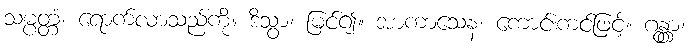
သမ္ပတ္တံ၊ ရောက်လာသည်ကို။ ဒိသွာ၊ မြင်၍။ အာကာသေန၊ ကောင်းကင်ဖြင့်။ ဂန္တွာ၊